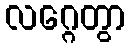
လဂ္ဂေတွာ